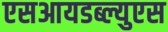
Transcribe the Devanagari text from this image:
एसआयडब्ल्युएस